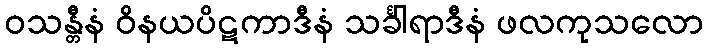
ဝသန္တီနံ ဝိနယပိဋကာဒီနံ သင်္ခါရာဒီနံ ဖလကုသလော